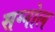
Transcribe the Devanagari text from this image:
सग्नोल